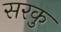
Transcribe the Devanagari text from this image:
सरकु